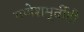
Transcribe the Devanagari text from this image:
गणेशमूर्तीही